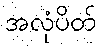
အလုံပိတ်